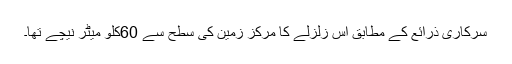
سرکاری ذرائع کے مطابق اس زلزلے کا مرکز زمین کی سطح سے 60کلو میٹر نیچے تھا۔